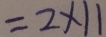
= 2 \times 1 1